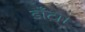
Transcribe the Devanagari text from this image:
डाँटा।